画像に写った文字を読んでください
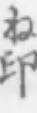
「ね印」と書いてあります